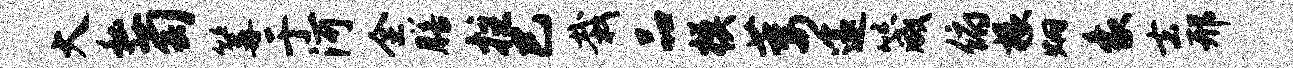
大私萄篝于河全膳拄巳栽品模萎邃箴俯椽炯象去邢